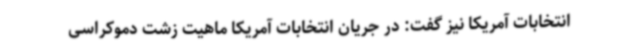
انتخابات آمریکا نیز گفت: در جریان انتخابات آمریکا ماهیت زشت دموکراسی